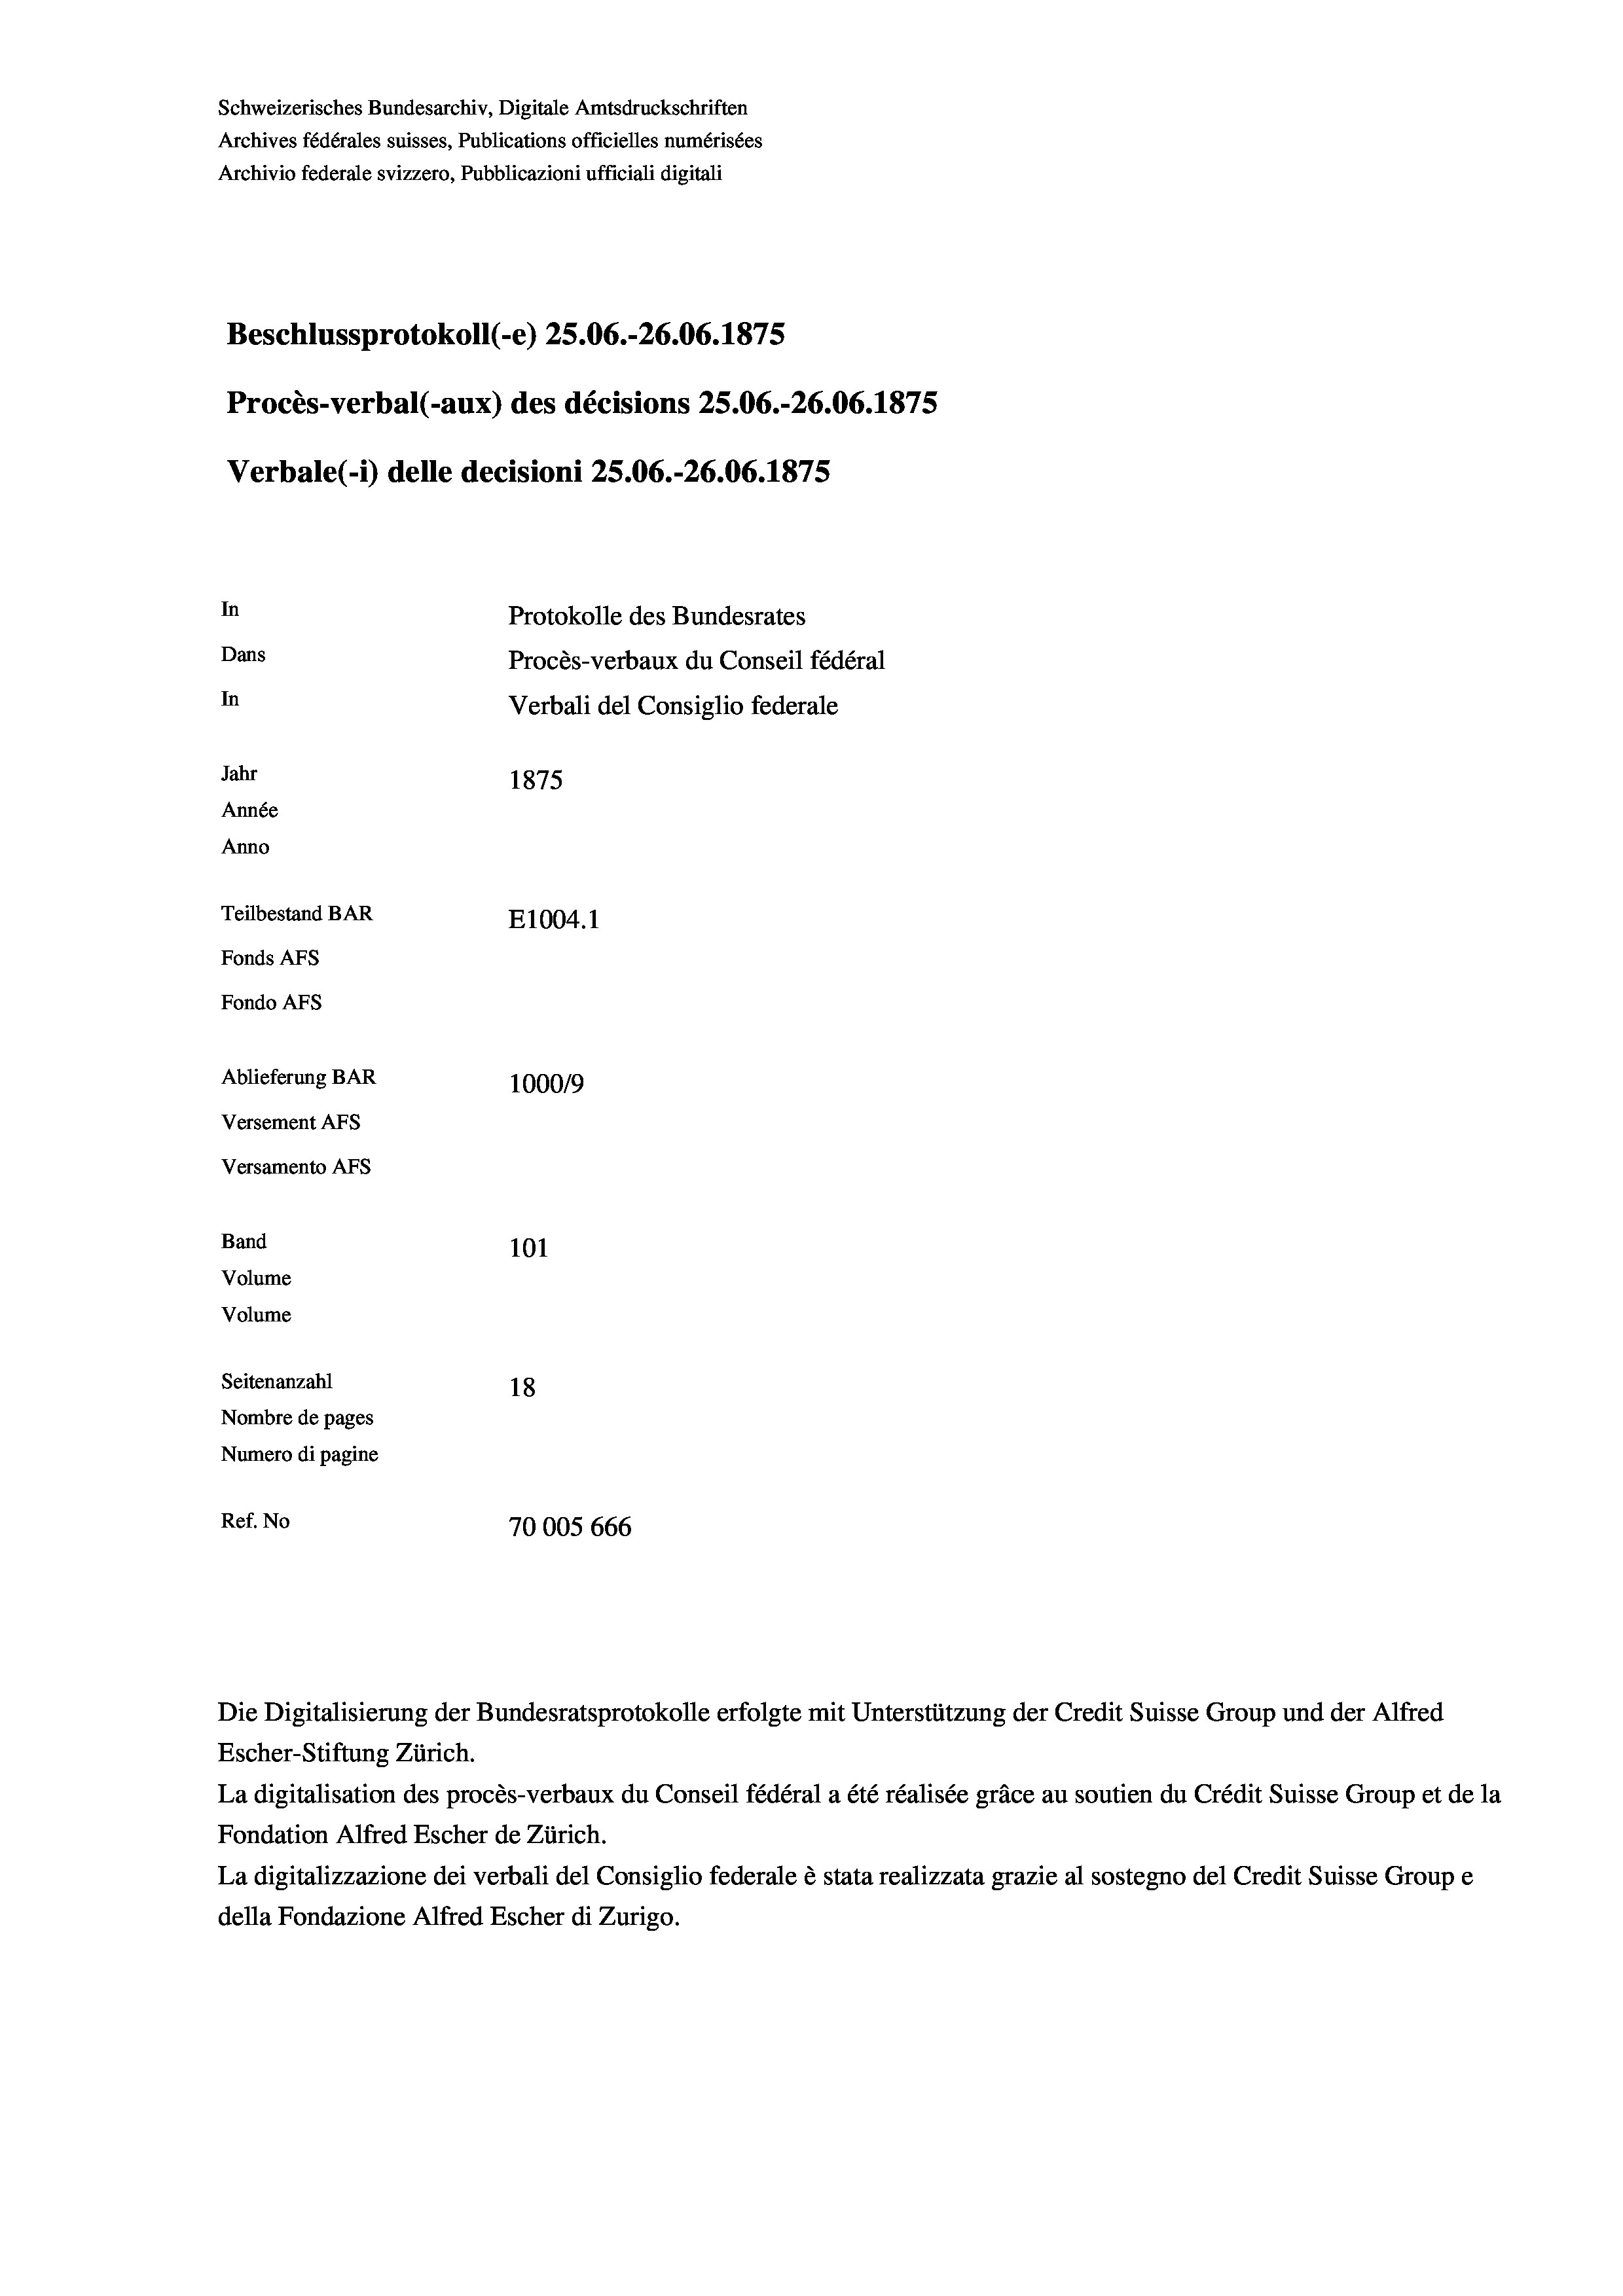
Schweizerisches Bundesarchiv, Digitale Amtsdruckschriften
Archives fédérales suisses, Publications officielles numérisées
Archivio federale svizzero, Pubblicazioni ufficiali digitali
Beschlussprotokoll (-e) 25.06.-26.06. 1875
Procès-verbal (-aux) des décisions 25.06.-26.06. 1875
Verbale (- 1) delle decisioni 25.06.-26.06. 1875
In
Protokolle des Bundesrates
Dans
Procès-verbaux du Conseil fédéral
In
Verbali del Consiglio federale
Jahr
1875
Année
Anno
Teilbestand BAR
E1004.1
Fonds AFs
Fondo Afs
Ablieferung BAR
10009
Versement Ans
Versamento Afs
Band
101

Volume
Volume

Seitenanzahl
18
Nombre de pages
Numero di pagine
Ref. No
70005 666

Die Digitalisierung der Bundesratsprotokolle erfolgte mit Unterstützung der Credit Suisse Group und der Alfred
Escher-Stiftung Zürich.
La digitalisation des procès-verbaux du Conseil fédéral a été réalisée gräce au soutien du Crédit Suisse Group et de la
Fondation Alfred Escher de Zürich.
La digitalizzazione dei verbali del Consiglio federale è stata realizzata grazie al sostegno del Credit Suisse Groupe
della Fondazione Alfred Escher di Zurigo.